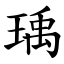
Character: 瑀